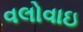
વલોવાઇ